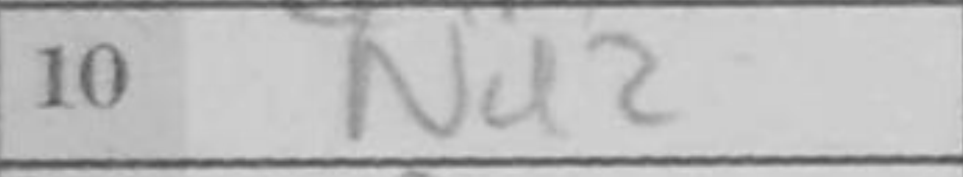
Transcription: Na2